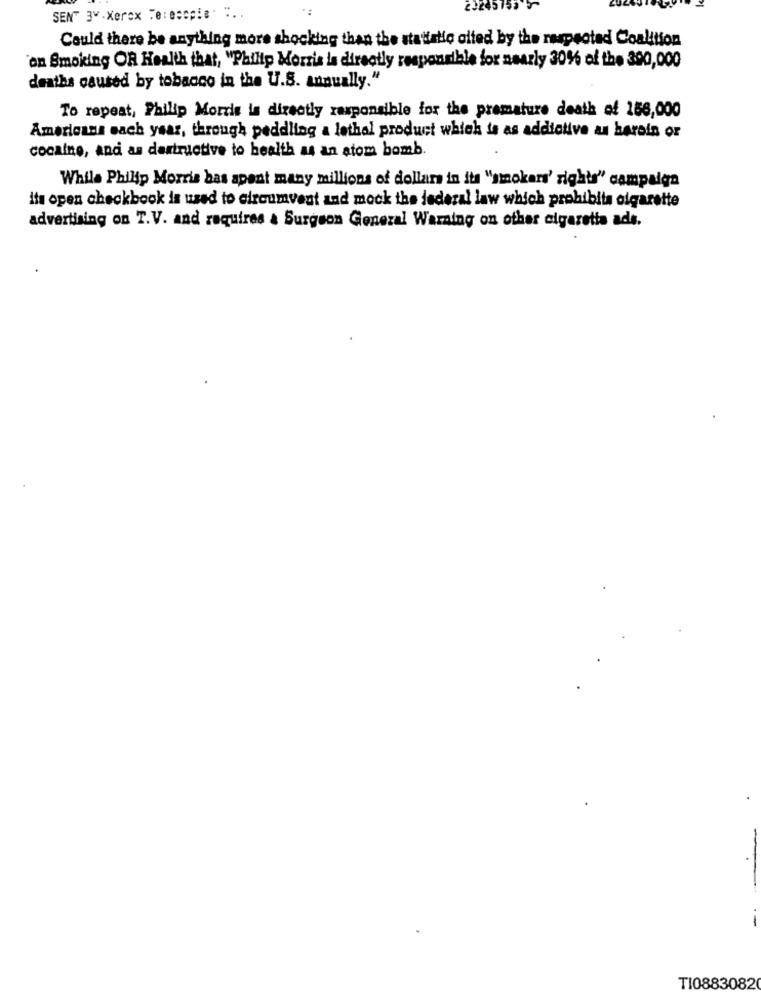
23245153
SEN" 3" - Xerox Telecopie. ..
Could there be anything more shocking than the statistic olfed by the respectad Coalition
'an Smoking OR Health that, "Philip Morris la directly responsible for nearly 30% of the 390,000
deaths caused by tobacco in the U.S. annually."
To repeat, Philip Morris is directly responsible for the premature death of 158,000
Americana each year, through peddling a lethal product which is as addictive as harein or
cocaine, and as destructive to health as an atom bomb.
While Philip Morris has apent many millions of dollars in its "snokars' rights" campaign
ita open checkbook is used to circumvent and mock the jederal law which prohibits olgarette
advertising on T.V. and requires a Surgeon General Warning on other cigaretta ads.
TI0883082